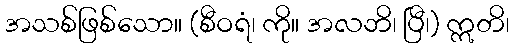
အသစ်ဖြစ်သော။ (စီဝရံ၊ ကို။ အလဘိ၊ ပြီ၊) ဣတိ၊